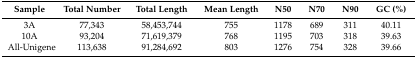
<table><thead><tr><td><b>Sample</b></td><td><b>Total Number</b></td><td><b>Total Length</b></td><td><b>Mean Length</b></td><td><b>N50</b></td><td><b>N70</b></td><td><b>N90</b></td><td><b>GC (%)</b></td></tr></thead><tbody><tr><td>3A</td><td>77,343</td><td>58,453,744</td><td>755</td><td>1178</td><td>689</td><td>311</td><td>40.11</td></tr><tr><td>10A</td><td>93,204</td><td>71,619,379</td><td>768</td><td>1195</td><td>703</td><td>318</td><td>39.63</td></tr><tr><td>All-Unigene</td><td>113,638</td><td>91,284,692</td><td>803</td><td>1276</td><td>754</td><td>328</td><td>39.66</td></tr></tbody></table>